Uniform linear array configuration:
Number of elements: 8
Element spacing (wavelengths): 0.25
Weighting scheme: kaiser
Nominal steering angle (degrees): -60
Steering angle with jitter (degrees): -58.895
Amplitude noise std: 0.05
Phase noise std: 0.05

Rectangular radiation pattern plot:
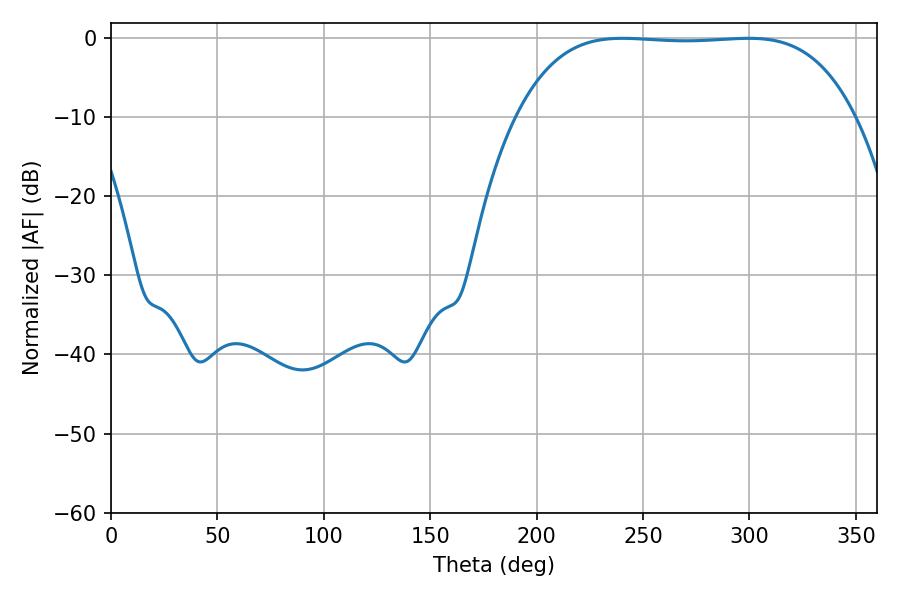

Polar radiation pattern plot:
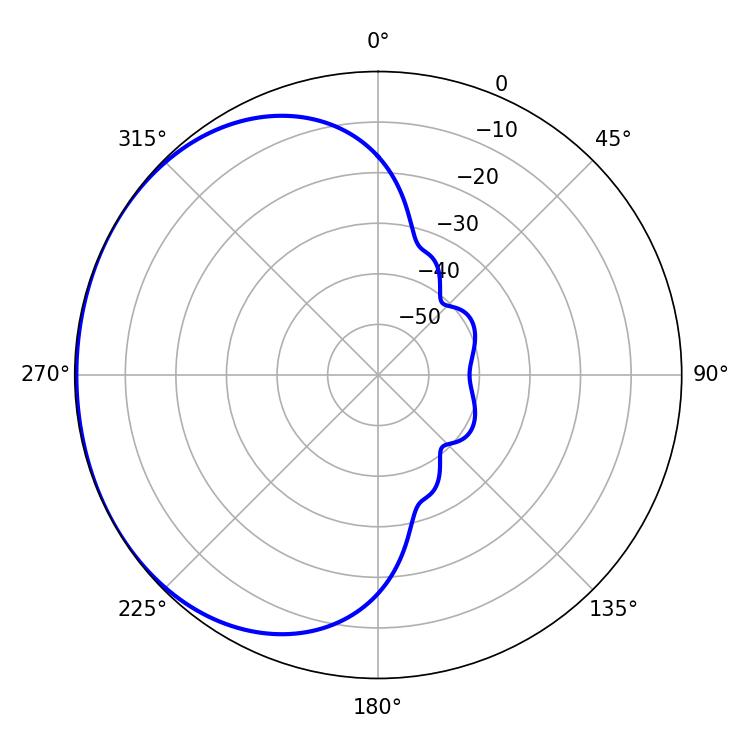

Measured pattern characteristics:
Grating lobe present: FALSE
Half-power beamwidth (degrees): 123.48
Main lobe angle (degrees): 240.3